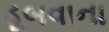
ડૂબવાના